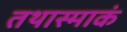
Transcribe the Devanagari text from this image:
तथास्माकं